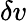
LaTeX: \delta v